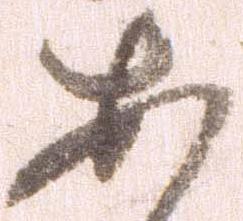
あ